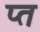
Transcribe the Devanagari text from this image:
प्त